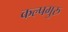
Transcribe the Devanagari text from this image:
कल्पगुरु